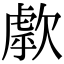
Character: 歑